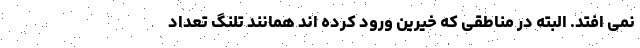
نمی افتد. البته در مناطقی که خیرین ورود کرده اند همانند تلنگ تعداد